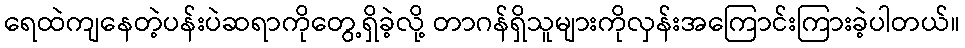
ရေထဲကျနေတဲ့ပန်းပဲဆရာကိုတွေ့ရှိခဲ့လို့ တာဂန်ရှိသူများကိုလှန်းအကြောင်းကြားခဲ့ပါတယ်။